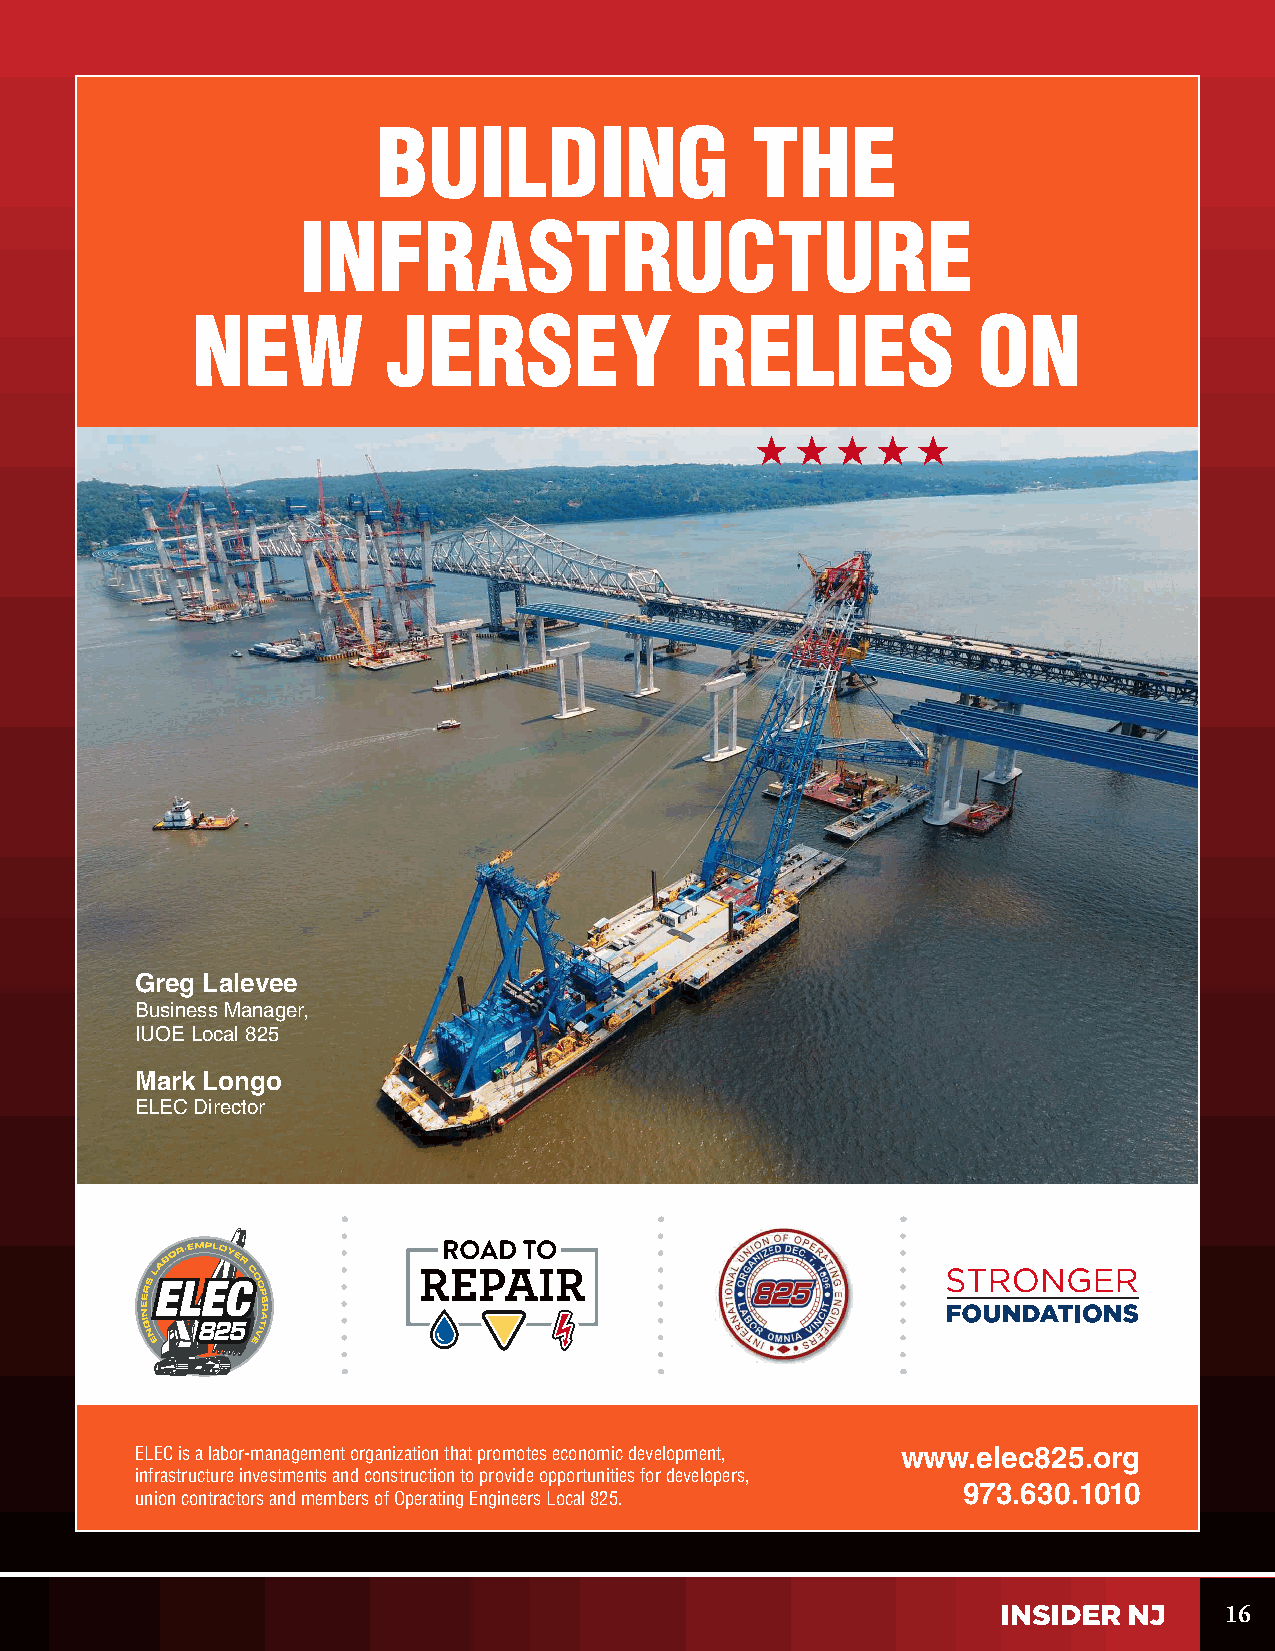
BUILDING                 THE
 INFRASTRUCTURE
 NEW          JERSEY              RELIES             ON
 Greg Lalevee
 Business Manager,
 IUOE Local 825
 Mark Longo
 ELEC Director
 ELEC is a labor-management organization that promotes economic development, www.elec825.org
 infrastructure investments and construction to provide opportunities for developers,
 973.630.1010
 union contractors and members of Operating Engineers Local 825.
 16